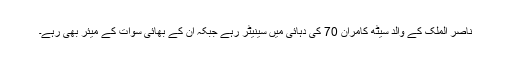
ناصر الملک کے والد سیٹھ کامران 70 کی دہائی میں سینیٹر رہے جبکہ ان کے بھائی سوات کے میئر بھی رہے۔